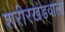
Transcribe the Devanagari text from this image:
शरीरखंडवाला